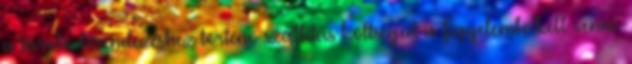
a tároló-berendezéshez történő szállítás költségeit is figyelembe kell venni.